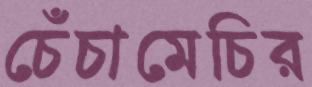
চেঁচামেচির